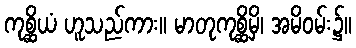
ကုစ္ဆိယံ ဟူသည်ကား။ မာတုကုစ္ဆိမှိ၊ အမိဝမ်း၌။